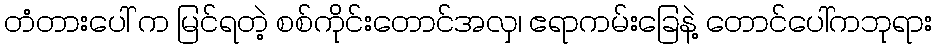
တံတားပေါ် က မြင်ရတဲ့ စစ်ကိုင်းတောင်အလှ၊ ဧရာကမ်းခြေနဲ့ တောင်ပေါ်ကဘုရား